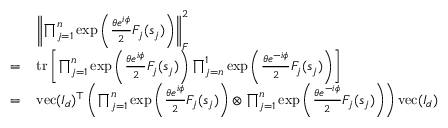
\begin{array} { r l } & { \left\lVert \prod _ { j = 1 } ^ { n } \exp \left( \frac { \theta e ^ { i \phi } } { 2 } F _ { j } ( s _ { j } ) \right) \right\rVert _ { F } ^ { 2 } } \\ { = \, } & { \operatorname { t r } \left[ \prod _ { j = 1 } ^ { n } \exp \left( \frac { \theta e ^ { i \phi } } { 2 } F _ { j } ( s _ { j } ) \right) \prod _ { j = n } ^ { 1 } \exp \left( \frac { \theta e ^ { - i \phi } } { 2 } F _ { j } ( s _ { j } ) \right) \right] } \\ { = \, } & { \operatorname { v e c } ( I _ { d } ) ^ { \top } \left( \prod _ { j = 1 } ^ { n } \exp \left( \frac { \theta e ^ { i \phi } } { 2 } F _ { j } ( s _ { j } ) \right) \otimes \prod _ { j = 1 } ^ { n } \exp \left( \frac { \theta e ^ { - i \phi } } { 2 } F _ { j } ( s _ { j } ) \right) \right) \operatorname { v e c } ( I _ { d } ) } \end{array}